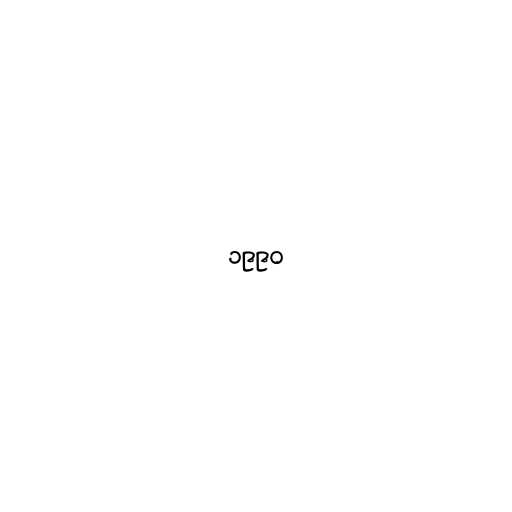
၁၉၉၀